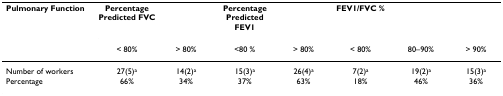
| Pulmonary Function | Percentage Predicted FVC |  | Percentage Predicted FEV1 |  | FEV1/FVC % |  |  |
 |  | < 80% | > 80% | <80 % | > 80% | < 80% | 80–90% | > 90% |
 | --- | --- | --- | --- | --- | --- | --- | --- |
 | Number of workers | 27(5)a | 14(2)a | 15(3)a | 26(4)a | 7(2)a | 19(2)a | 15(3)a |
 | Percentage | 66% | 34% | 37% | 63% | 18% | 46% | 36% |